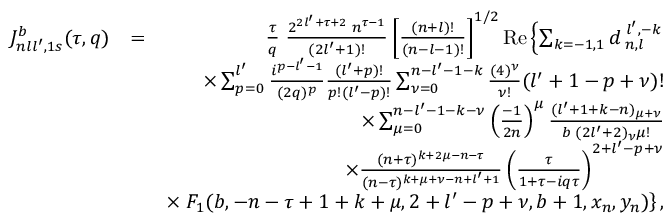
\begin{array} { r l r } { { \cal J } _ { n l l ^ { \prime } , 1 s } ^ { b } ( \tau , q ) } & { = } & { \frac { \tau } { q } \; \frac { 2 ^ { 2 l ^ { \prime } + \tau + 2 } \; n ^ { \tau - 1 } } { ( 2 l ^ { \prime } + 1 ) ! } \left[ \frac { ( n + l ) ! } { ( n - l - 1 ) ! } \right] ^ { 1 / 2 } \mathrm { R e } \left\{ \sum _ { k = - 1 , 1 } d _ { \; n , l } ^ { \; l ^ { \prime } , - k } \right. } \\ & { } & { \times \sum _ { p = 0 } ^ { l ^ { \prime } } \frac { i ^ { p - l ^ { \prime } - 1 } } { ( 2 q ) ^ { p } } \frac { ( l ^ { \prime } + p ) ! } { p ! ( l ^ { \prime } - p ) ! } \sum _ { \nu = 0 } ^ { n - l ^ { \prime } - 1 - k } \frac { ( 4 ) ^ { \nu } } { \nu ! } ( l ^ { \prime } + 1 - p + \nu ) ! } \\ & { } & { \times \sum _ { \mu = 0 } ^ { n - l ^ { \prime } - 1 - k - \nu } \left( \frac { - 1 } { 2 n } \right) ^ { \mu } \frac { ( l ^ { \prime } + 1 + k - n ) _ { \mu + \nu } } { b \; ( 2 l ^ { \prime } + 2 ) _ { \nu } \mu ! } } \\ & { } & { \times \frac { ( n + \tau ) ^ { k + 2 \mu - n - \tau } } { ( n - \tau ) ^ { k + \mu + \nu - n + l ^ { \prime } + 1 } } \left( \frac { \tau } { 1 + \tau - i q \tau } \right) ^ { 2 + l ^ { \prime } - p + \nu } } \\ & { } & { \times \left. F _ { 1 } ( b , - n - \tau + 1 + k + \mu , 2 + l ^ { \prime } - p + \nu , b + 1 , x _ { n } , y _ { n } ) \right\} , } \end{array}